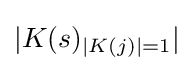
|K(s)_{|K(j)|=1}|